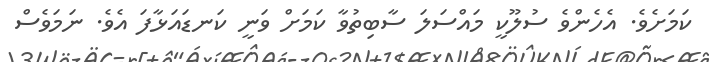
ކަމަށެވެ. އެހެންވެ ސުލޫކީ މައްސަލަ ސާބިތުވާ ކަމަށް ވަނީ ކަނޑައަޅާފަ އެވެ. ނަމަވެސް